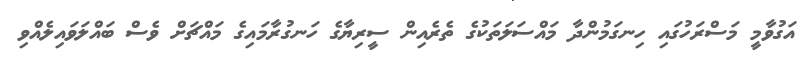
އަގުވާމީ މަސްރަހުގައި ހިނގަމުންދާ މައްސަލަތަކުގެ ތެރެއިން ސީރިޔާގެ ހަނގުރާމައިގެ މައްޗަށް ވެސް ބައްލަވައިލެއްވި